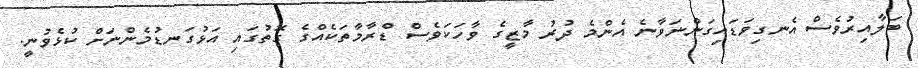
ބަލާއިރުވެސް އެނގިވަޑައިގަންނަވާނެ އެންމެ ދުރު މާޒީގެ ވާހަކަވެސް ޑްރާމާތަކެއްގެ ގޮތުގައި އަޅުގަނޑުމެންނަށް ކުޅެވުނީ.